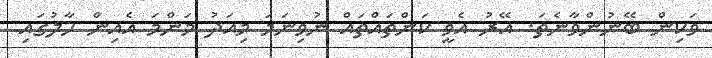
ވަކިން ބޭނުންވާނެތަ. އޭރު އެވީ ކަންތައްތައް ނުވިނަމަ މިއަދު މަންމަ އެއިން ހާލުގައި